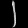
Digit: ၂